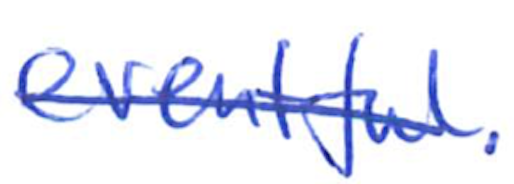
Text: eventful.
Cross-out: mix
Writing tool: ballpoint